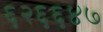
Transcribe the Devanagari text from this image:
६२६६४७